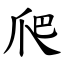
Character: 爬